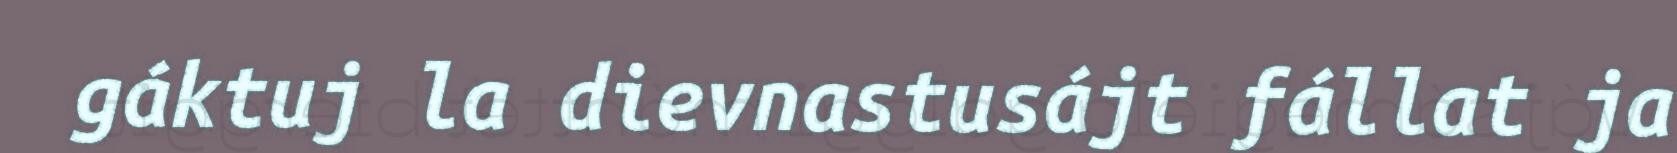
gáktuj la dievnastusájt fállat ja